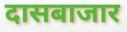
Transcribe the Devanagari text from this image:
दासबाजार